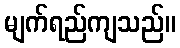
မျက်ရည်ကျသည်။